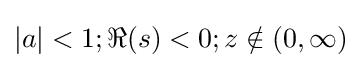
|a|<1;\Re (s)<0;z\notin (0,\infty )